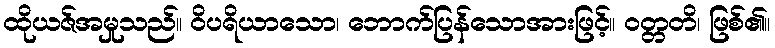
ထိုယဇ်အမှုသည်။ ဝိပရိယာသော၊ ဘောက်ပြန်သောအားဖြင့်။ ဝတ္တတိ၊ ဖြစ်၏။